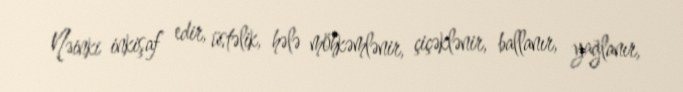
Nəinki inkişaf edir, üstəlik, hələ möhkəmlənir, çiçəklənir, ballanır, yağlanır,